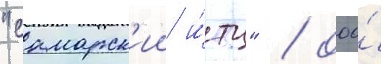
"самарск'ии и́тц" / ооо́